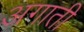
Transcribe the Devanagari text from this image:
अगाती